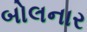
બોલનાર